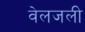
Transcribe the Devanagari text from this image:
वेलजली